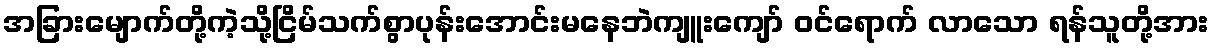
အခြားမျောက်တို့ကဲ့သို့ငြိမ်သက်စွာပုန်းအောင်းမနေဘဲကျူးကျော် ဝင်ရောက် လာသော ရန်သူတို့အား